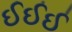
ઈઈઈ